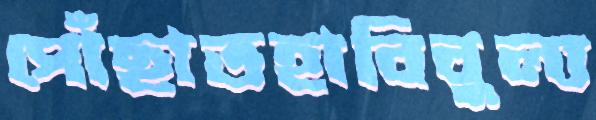
পোঁছাতহাবিবুল্য